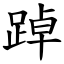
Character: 踔